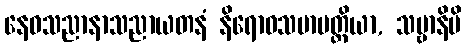
နေဝသညာနာသညာယတနံ နိရောဓသမာပတ္တိယာ, သဗ္ဗာနိပိ